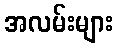
အလမ်းများ